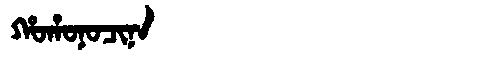
Manchu: ᡥᠣᡥᠣᠨᠣᠴᡳᠨᠠ
Romanization: HOHONOCINA